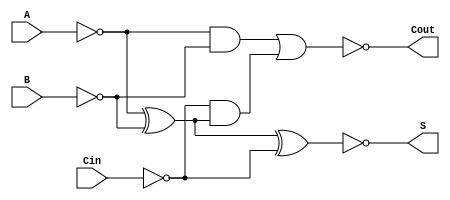
module Negative_Circuit_Full_Adder (
    input wire A,    // First significant bit
    input wire B,    // Second significant bit
    input wire Cin,  // Carry-in
    output wire S,   // Sum output
    output wire Cout  // Carry-out output
);

// Internal signals for inverted logic
wire A_inv, B_inv, Cin_inv;
wire sum_temp, carry_temp;

// Invert the inputs for negative logic
assign A_inv = ~A;  // Inverted A
assign B_inv = ~B;  // Inverted B
assign Cin_inv = ~Cin; // Inverted Cin

// Calculate the sum in negative logic
assign sum_temp = A_inv ^ B_inv ^ Cin_inv; // XOR operation
assign S = ~sum_temp; // Invert the sum output for negative logic

// Calculate the carry-out in negative logic
wire AB, A_XOR_B;

// Intermediate signals
assign A_XOR_B = A_inv ^ B_inv; // A XOR B in inverted logic
assign AB = A_inv & B_inv; // A AND B in inverted logic

// Carry-out logic
assign carry_temp = AB | (Cin_inv & A_XOR_B); // (A AND B) + (Cin AND (A XOR B))
assign Cout = ~carry_temp; // Invert the carry-out for negative logic

endmodule